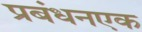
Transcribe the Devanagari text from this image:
प्रबंधनएक